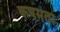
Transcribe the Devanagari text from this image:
कषमता